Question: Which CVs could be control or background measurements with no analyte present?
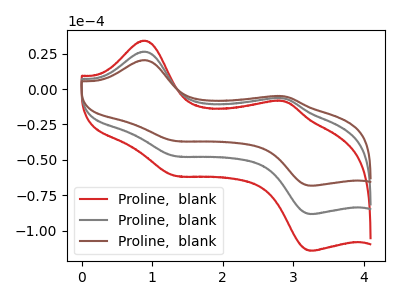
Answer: <think>The red curve "Proline,  blank1" has anodic peaks at (0.90V, 52.95uA) (2.85V, -13.25uA) and cathodic peaks at (1.30V, -94.50uA) (3.30V, -176.60uA). The gray curve "Proline,  blank2" has anodic peaks at (0.90V, 26.45uA) (2.85V, -6.60uA) and cathodic peaks at (1.30V, -47.25uA) (3.30V, -88.30uA). The brown curve "Proline,  blank3" has anodic peaks at (0.90V, 20.45uA) (2.85V, -5.10uA) and cathodic peaks at (1.30V, -36.55uA) (3.30V, -68.25uA).</think>
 <answer>There are not any CV's on this graph that are likely to be blanks.</answer>
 <eval>none</eval>